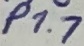
Text: P1.7